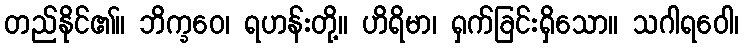
တည်နိုင်၏။ ဘိက္ခဝေ၊ ရဟန်းတို့။ ဟိရိမာ၊ ရှက်ခြင်းရှိသော။ သဂါရဝေါ၊